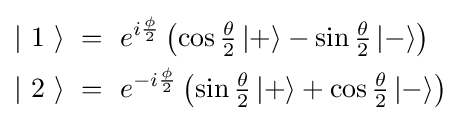
{\begin{aligned}\left|\ 1\ \right\rangle \ &=\ e^{i{\frac {\phi }{2}}}\left(\cos {\tfrac {\theta }{2}}\left|+\right\rangle -\sin {\tfrac {\theta }{2}}\left|-\right\rangle \right)\\\left|\ 2\ \right\rangle \ &=\ e^{-i{\frac {\phi }{2}}}\left(\sin {\tfrac {\theta }{2}}\left|+\right\rangle +\cos {\tfrac {\theta }{2}}\left|-\right\rangle \right)\\\end{aligned}}